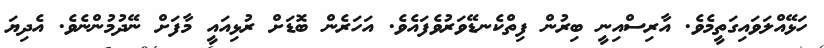
ހަޅޭއްލަވައިގަތީމެވެ. އާރިސްއިނީ ބިރުން ފިތްކެނޑޭވަރުވެފައެވެ. އަހަރެން ބޮޑަށް ރުޅިއައީ މާފަށް ނޭދުމުންނެވެ. އެދިޔަ